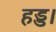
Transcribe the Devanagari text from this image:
हड्ड।